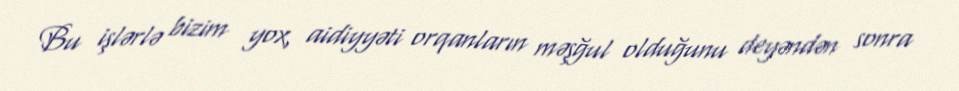
Bu işlərlə bizim yox, aidiyyəti orqanların məşğul olduğunu deyəndən sonra